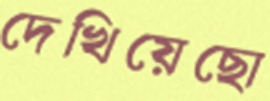
দেখিয়েছো